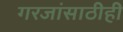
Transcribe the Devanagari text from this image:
गरजांसाठीही